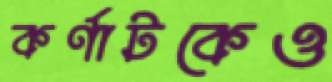
কর্ণাটকেও